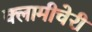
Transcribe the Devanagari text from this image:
क्‍लामीचेरी